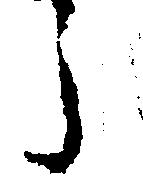
う